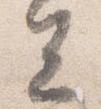
去